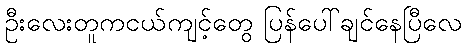
ဦးလေးတူကငယ်ကျင့်တွေ ပြန်ပေါ်ချင်နေပြီလေ